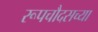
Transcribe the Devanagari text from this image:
रूपचौदसच्या